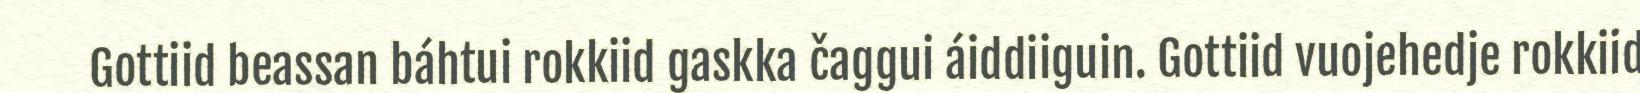
Gottiid beassan báhtui rokkiid gaskka čaggui áiddiiguin. Gottiid vuojehedje rokkiid